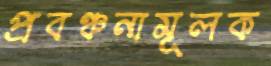
প্রবঞ্চনামূলক